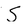
Character: S